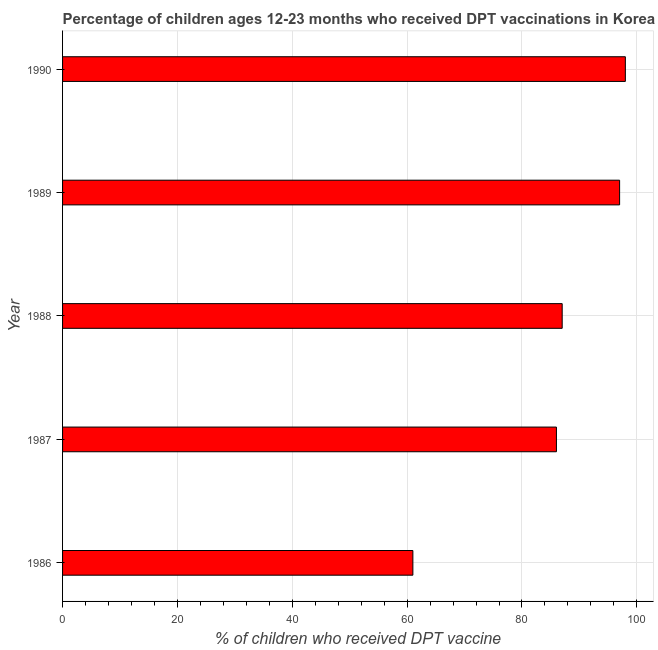
| Year | Immunization |
 | --- | --- |
 | 1986 | 61 |
 | 1987 | 86 |
 | 1988 | 87 |
 | 1989 | 97 |
 | 1990 | 98 |